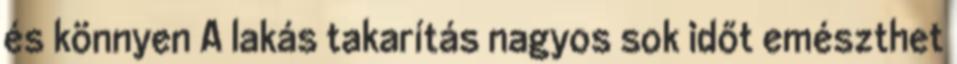
és könnyen A lakás takarítás nagyos sok időt emészthet